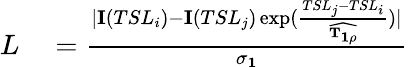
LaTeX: \begin{array}{rl}{L}&{{}=\frac{|\mathbf{I}(TSL_{i})-\mathbf{I}(TSL_{j})\exp(\frac{TSL_{j}-TSL_{i}}{\mathbf{\widehat{T_{1\rho}}}})|}{\mathbf{\sigma_{1}}}}\end{array}